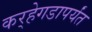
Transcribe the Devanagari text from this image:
कर्‍हेगडापर्यंत